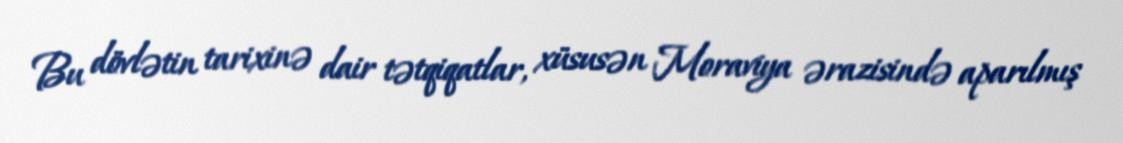
Bu dövlətin tarixinə dair tətqiqatlar, xüsusən Moraviya ərazisində aparılmış